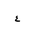
Letter: _ayn